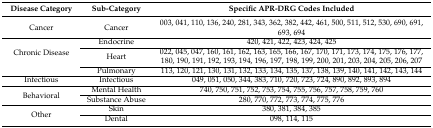
<table><thead><tr><td><b>Disease Category</b></td><td><b>Sub-Category</b></td><td><b>Specific APR-DRG Codes Included</b></td></tr></thead><tbody><tr><td>Cancer</td><td>Cancer</td><td>003, 041, 110, 136, 240, 281, 343, 362, 382, 442, 461, 500, 511, 512, 530, 690, 691, 693, 694</td></tr><tr><td rowspan="3">Chronic Disease</td><td>Endocrine</td><td>420, 421, 422, 423, 424, 425</td></tr><tr><td>Heart</td><td>022, 045, 047, 160, 161, 162, 163, 165, 166, 167, 170, 171, 173, 174, 175, 176, 177, 180, 190, 191, 192, 193, 194, 196, 197, 198, 199, 200, 201, 203, 204, 205, 206, 207</td></tr><tr><td>Pulmonary</td><td>113, 120, 121, 130, 131, 132, 133, 134, 135, 137, 138, 139, 140, 141, 142, 143, 144</td></tr><tr><td>Infectious</td><td>Infectious</td><td>049, 051, 050, 344, 383, 710, 720, 723, 724, 890, 892, 893, 894</td></tr><tr><td rowspan="2">Behavioral</td><td>Mental Health</td><td>740, 750, 751, 752, 753, 754, 755, 756, 757, 758, 759, 760</td></tr><tr><td>Substance Abuse</td><td>280, 770, 772, 773, 774, 775, 776</td></tr><tr><td rowspan="2">Other</td><td>Skin</td><td>380, 381, 384, 385</td></tr><tr><td>Dental</td><td>098, 114, 115</td></tr></tbody></table>